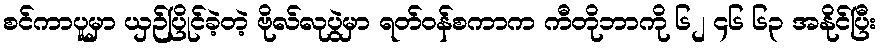
စင်ကာပူမှာ ယှဉ်ပြိုင်ခဲ့တဲ့ ဗိုလ်လုပွဲမှာ ရတ်ဝန်စကာက ကီတိုဘာကို ၆၂ ၄၆ ၆၃ အနိုင်ပြီး